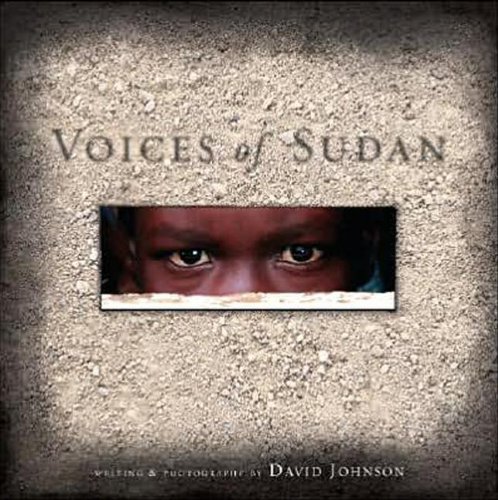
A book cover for Voices of Sudan; David Johnson; Travel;